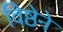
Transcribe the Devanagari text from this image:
विष्ठेने